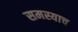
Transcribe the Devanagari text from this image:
समस्याच